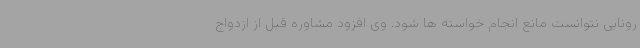
رونایی نتوانست مانع انجام خواسته ها شود. وی افزود مشاوره قبل از ازدواج